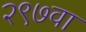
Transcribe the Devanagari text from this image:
२९७वा